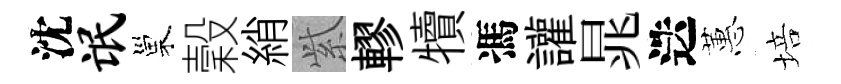
沈氓巢穀綃𬗋轇犢馮讙晁迭蕙培